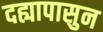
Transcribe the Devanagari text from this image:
दह्यापासुन